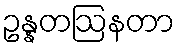
ဥန္နတဩနတာ